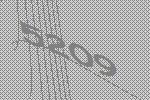
5209